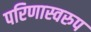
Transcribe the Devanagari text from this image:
परिणास्वरुप